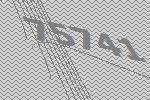
75741